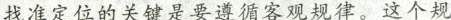
找准定位的关键是要遵循客观规律。这个规